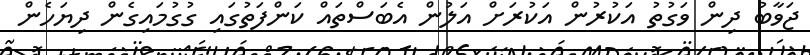
ޖަވާބު ދިން ވަގުތު އަކުރުން އަކުރަށް އަލުން އެބަސްތައް ކަންފަތުގައި ގުގުމައިގެން ދިޔަހެން